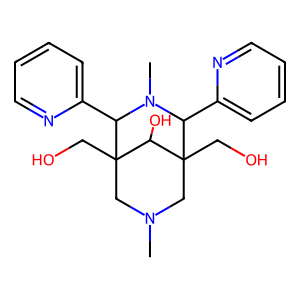
SMILES: CN1CC2(CO)C(c3ccccn3)N(C)C(c3ccccn3)C(CO)(C1)C2O
Inhibits HIV replication: No